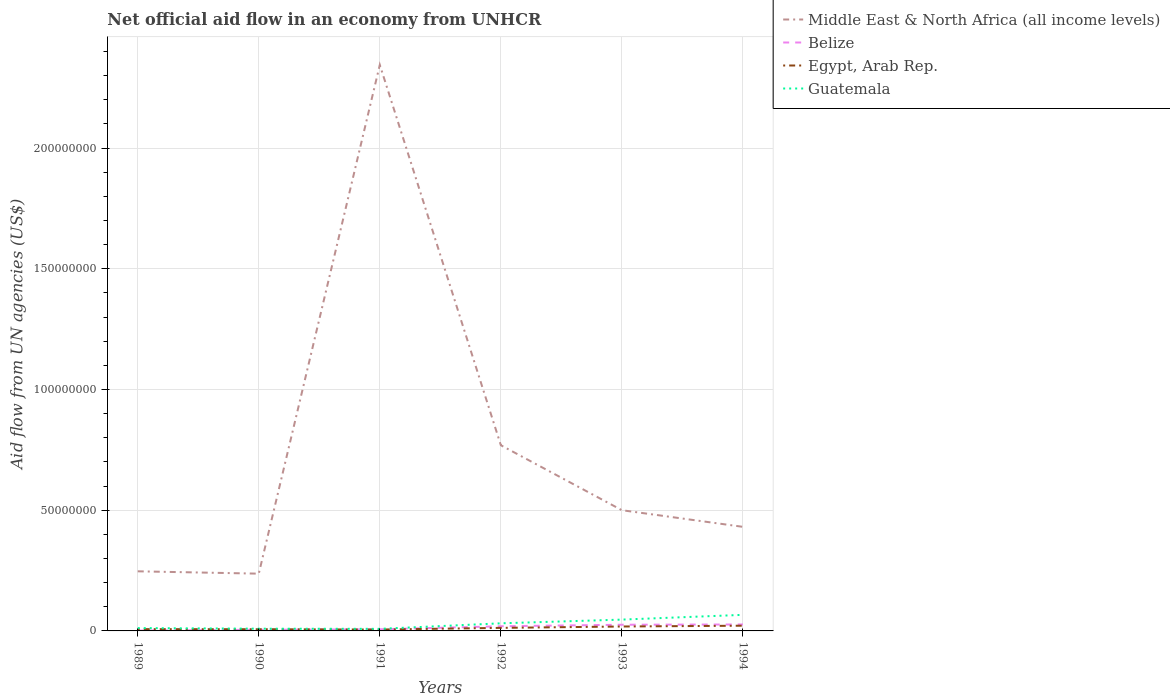
| Years | Middle East & North Africa (all income levels) | Belize | Egypt, Arab Rep. | Guatemala |
 | --- | --- | --- | --- | --- |
 | 1989 | 2.47e+07 | 1.5e+05 | 7.4e+05 | 1.18e+06 |
 | 1990 | 2.37e+07 | 4.7e+05 | 7e+05 | 9.2e+05 |
 | 1991 | 2.34e+08 | 6.7e+05 | 5.7e+05 | 8.6e+05 |
 | 1992 | 7.69e+07 | 1.93e+06 | 1.26e+06 | 3.15e+06 |
 | 1993 | 5e+07 | 2.56e+06 | 1.83e+06 | 4.69e+06 |
 | 1994 | 4.31e+07 | 2.67e+06 | 2.16e+06 | 6.66e+06 |